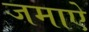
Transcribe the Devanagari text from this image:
जमाऐ